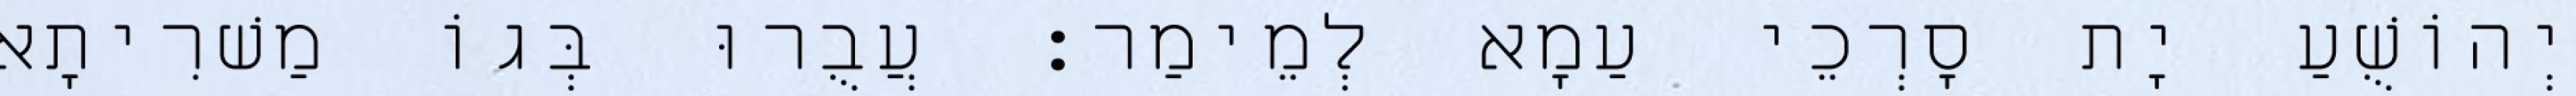
יְהוֹשֻׁעַ יָת סָרְכֵי עַמָא לְמֵימַר׃ עֲבֻרוּ בְּגוֹ מַשׁרִיתָא